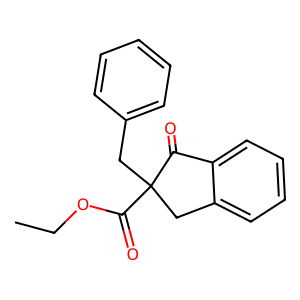
SMILES: CCOC(=O)C1(Cc2ccccc2)Cc2ccccc2C1=O
Inhibits HIV replication: No